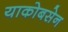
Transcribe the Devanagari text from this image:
याकोबसेन